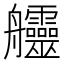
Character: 𦫊